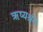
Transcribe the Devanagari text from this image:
ऋष्यश्रृंग